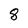
Character: 8